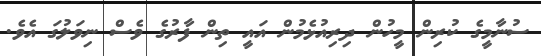
ސުނާމީގެ ކުރިން މީހުން ދިރިއުޅެމުން އައީ ތިން ފާރުގެ ވެސް ނިވަލުގަ އެވެ.